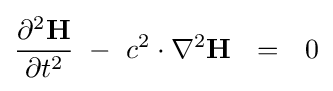
{\partial ^{2}\mathbf {H}  \over \partial t^{2}}\ -\ c^{2}\cdot \nabla ^{2}\mathbf {H} \ \ =\ \ 0